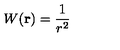
W ( { \bf r } ) = \frac { 1 } { r ^ { 2 } }